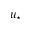
u _ { \star }